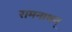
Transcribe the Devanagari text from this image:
रामनाथन्